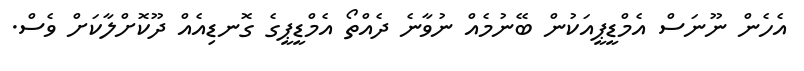
އެހެން ނޫނަސް އެމްޑީޕީއަކުން ބޭނުމެއް ނުވާނެ ދެއްތޯ އެމްޑީޕީގެ ގޮނޑިއެއް ދޫކޮށްލާކަށް ވެސް.